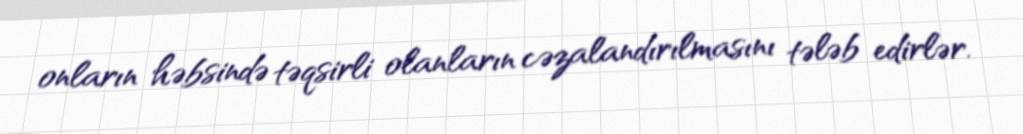
onların həbsində təqsirli olanların cəzalandırılmasını tələb edirlər.